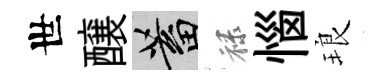
世醸蓄禄惱琅